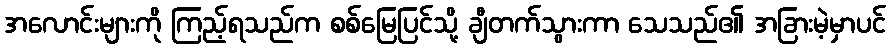
အလောင်းများကို ကြည့်ရသည်က စစ်မြေပြင်သို့ ချီတက်သွားကာ သေသည်၏ အခြားမဲ့မှာပင်